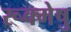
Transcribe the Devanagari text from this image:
रूक्मेषु